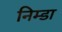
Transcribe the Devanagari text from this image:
निम्डा